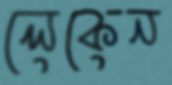
লেকেন